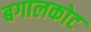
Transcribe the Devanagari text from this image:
बगालकोट